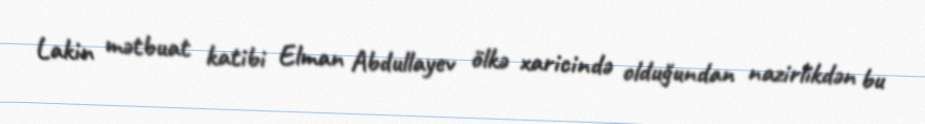
Lakin mətbuat katibi Elman Abdullayev ölkə xaricində olduğundan nazirlikdən bu